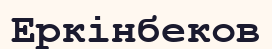
Еркінбеков